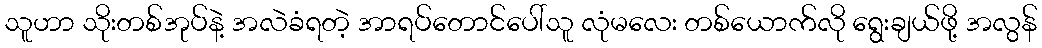
သူဟာ သိုးတစ်အုပ်နဲ့ အလဲခံရတဲ့ အာရပ်တောင်ပေါ်သူ လုံမလေး တစ်ယောက်လို ရွေးချယ်ဖို့ အလွန်